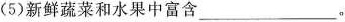
(5)新鲜蔬菜和水果中富含___。